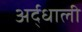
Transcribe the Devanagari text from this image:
अर्द्धाली